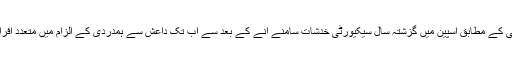
خبر رساں ادارے اے ایف پی کے مطابق اسپین میں گزشتہ سال سیکیورٹی خدشات سامنے آنے کے بعد سے اب تک داعش سے ہمدردی کے الزام میں متعدد افراد کو گرفتار کیا جاچکا ہے۔